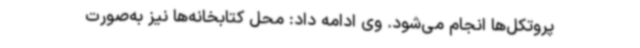
پروتکل‌ها انجام می‌شود. وی ادامه داد: محل کتابخانه‌ها نیز به‌صورت